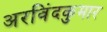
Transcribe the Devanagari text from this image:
अरविंदकुमार